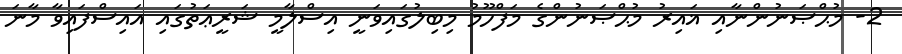
2- މުޙްޞަނުންނާއި ޣައިރު މުޙްޞަނުންގެ މަފްހޫމު މިބިލުގައިވަނީ އިސްލާމީ ޝަރީޢަތުގައި އައިސްފައިވާ މާނަ